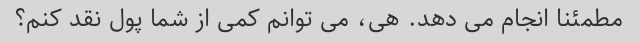
مطمئنا انجام می دهد. هی، می توانم کمی از شما پول نقد کنم؟